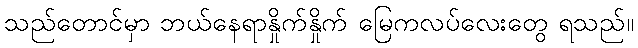
သည်တောင်မှာ ဘယ်နေရာနှိုက်နှိုက် မြေကလပ်လေးတွေ ရသည်။